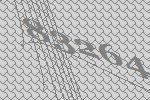
83264